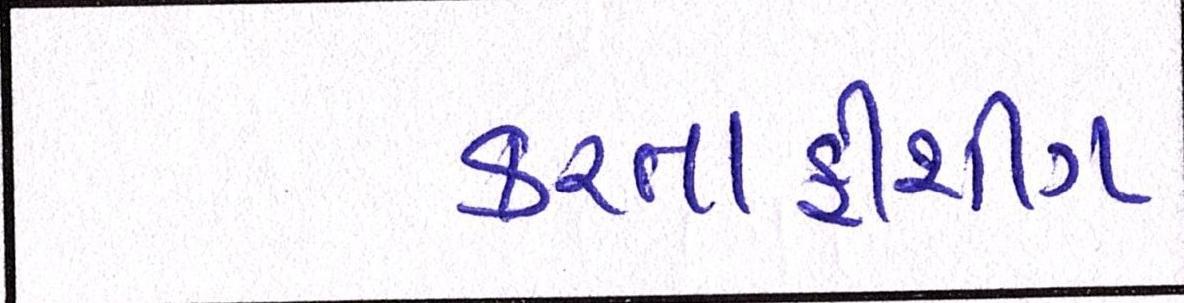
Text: કરતાફીશીંગ